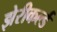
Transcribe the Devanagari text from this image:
झेरीकर्ल्ड